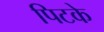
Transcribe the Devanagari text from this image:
पिटके